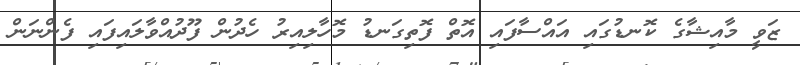
ޒަވީ މާއިޝާގެ ކޮނޑުގައި އައްސާފައި އޮތް ފޮތިގަނޑު މޮހާލިއިރު ހެދުން ފޫދުއްވާލައިފައި ފެންނަން